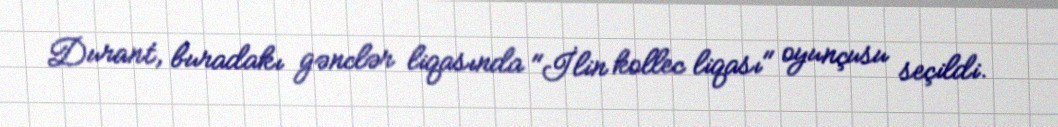
Durant, buradakı gənclər liqasında "İlin kollec liqası" oyunçusu seçildi.